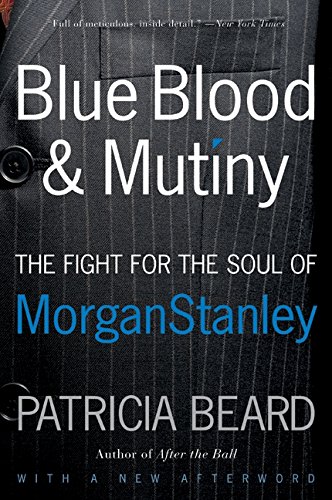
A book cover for Blue Blood and Mutiny: The Fight for the Soul of Morgan Stanley; Patricia Beard; Business & Money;